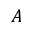
A